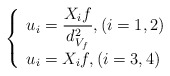
\begin{align*}\left \{\begin{array}{ll}$$\displaystyle u_i=\frac{X_i f}{d_{V_f}^2}, (i=1,2)$$ \\$$u_i=X_i f, (i=3,4)$$\end{array}\right .\end{align*}